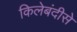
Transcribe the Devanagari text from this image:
किलेबंदीसे